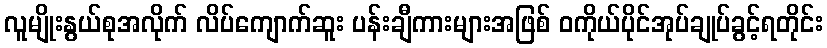
လူမျိုးနွယ်စုအလိုက် လိပ်ကျောက်ဆူး ပန်းချီကားများအဖြစ် ဝကိုယ်ပိုင်အုပ်ချုပ်ခွင့်ရတိုင်း